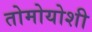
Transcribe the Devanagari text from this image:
तोमोयोशी